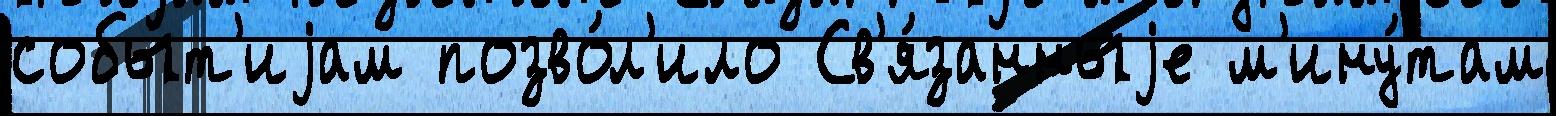
собы́т'иjам позво́л'ило Св'я́занныjе м'ину́там